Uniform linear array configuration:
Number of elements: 64
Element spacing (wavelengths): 1
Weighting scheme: blackman
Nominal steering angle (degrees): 30
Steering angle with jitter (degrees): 28.753
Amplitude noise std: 0.05
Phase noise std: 0.05

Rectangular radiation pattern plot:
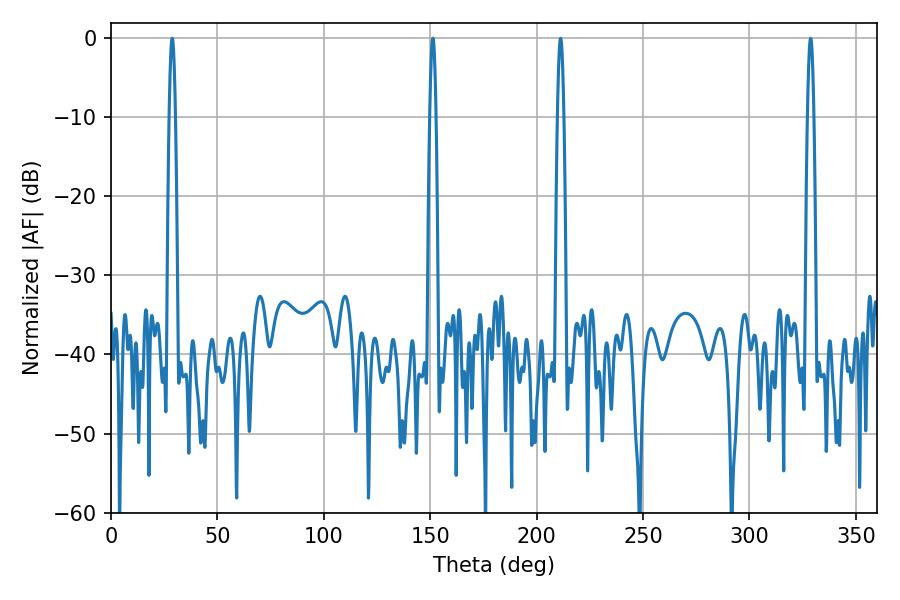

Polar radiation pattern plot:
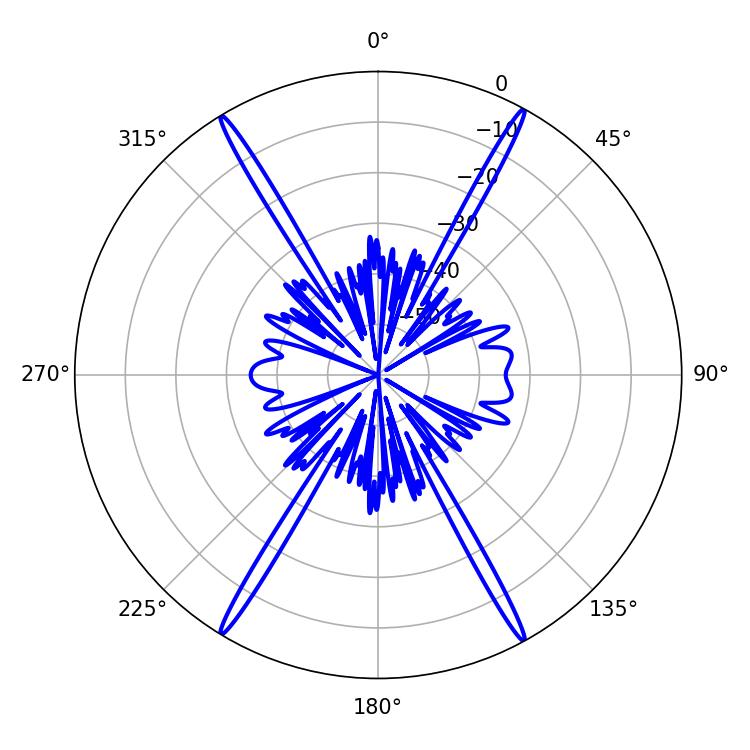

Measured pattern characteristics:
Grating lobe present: TRUE
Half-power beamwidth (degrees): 1.44
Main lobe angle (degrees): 151.2